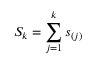
S _ { k } = \sum _ { j = 1 } ^ { k } s _ { ( j ) }